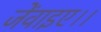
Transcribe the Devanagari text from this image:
जेंवाइए।।